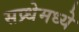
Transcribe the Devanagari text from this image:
सप्र्धेमध्ये